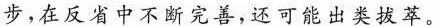
步，在反省中不断完善，还可能出类拔萃。